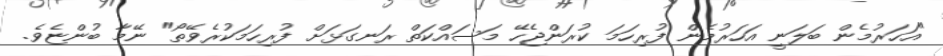
"އަހަރުމެން ބަލަނީ އަހަރުމެން ފުރިހަމަ ކުރަންޖެހޭ މަސައްކަތް ރަނގަޅަށް ފުރިހަމަކުރެވޭތޯ" ނޭމާ ބުންޏެވެ.